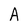
Character: A